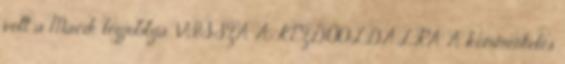
volt a Macik legjobbja. VISSZA A KEZDŐOLDALRA A kommentelés